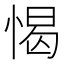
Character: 愒